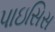
પાઇસિસ